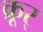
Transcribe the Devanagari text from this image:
क्रूर्